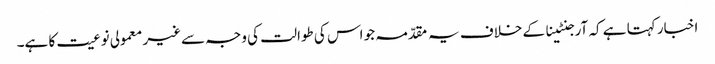
اخبار کہتا ہے کہ آرجنٹینا کے خلاف یہ مقدّمہ جو اس کی طوالت کی وجہ سےغیر معمولی نوعیت کا ہے۔